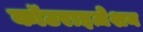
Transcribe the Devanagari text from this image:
कॉटराइज़ेशन